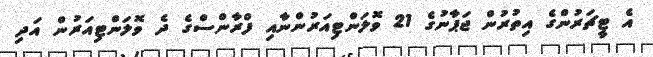
އެ ޓީޗަރުންގެ އިތުރުން ޖަޕާނުގެ 21 ވޮލަންޓިއަރުންނާއި ފްރާންސްގެ ދެ ވޮލަންޓިއަރުން އަދި